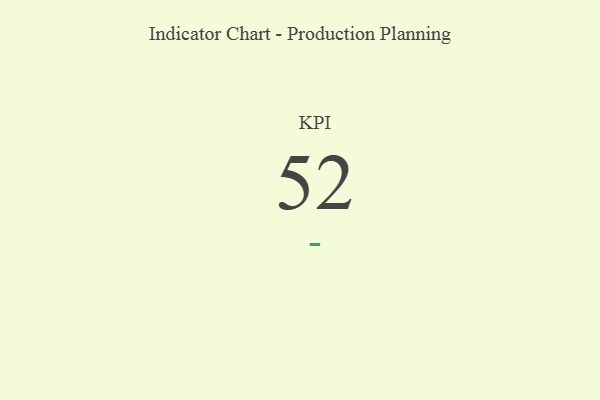
{"axis": {"x": "KPI", "y": "Value"}, "legend": [""], "data": [{"x": "KPI", "y": 52, "type": ""}]}